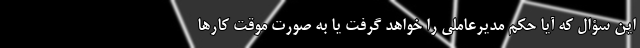
این سؤال که آیا حکم مدیرعاملی را خواهد گرفت یا به صورت موقت کارها